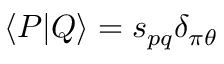
\langle P | Q \rangle = s _ { p q } \delta _ { \pi \theta }